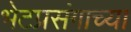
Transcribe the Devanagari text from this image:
भेटप्रसंगाच्या